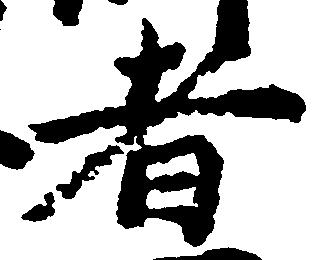
者